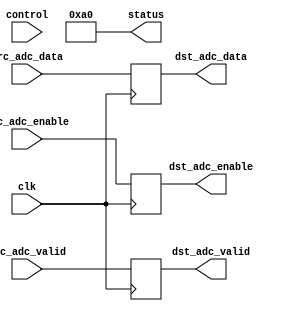
module prcfg_adc (
  clk,

  // control ports
  control,
  status,

  // FIFO interface
  src_adc_enable,
  src_adc_valid,
  src_adc_data,

  dst_adc_enable,
  dst_adc_valid,
  dst_adc_data
);

  localparam  RP_ID       = 8'hA0;
  parameter   CHANNEL_ID  = 0;

  input             clk;

  input   [31:0]    control;
  output  [31:0]    status;

  input             src_adc_enable;
  input             src_adc_valid;
  input   [15:0]    src_adc_data;

  output            dst_adc_enable;
  output            dst_adc_valid;
  output  [15:0]    dst_adc_data;

  reg               dst_adc_enable;
  reg               dst_adc_valid;
  reg     [15:0]    dst_adc_data;

  assign status = {24'h0, RP_ID};

  always @(posedge clk) begin
    dst_adc_enable <= src_adc_enable;
    dst_adc_valid <= src_adc_valid;
    dst_adc_data <= src_adc_data;
  end
endmodule